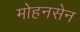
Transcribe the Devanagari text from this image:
मोहनसेन